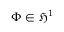
\Phi \in \mathfrak { H } ^ { 1 }